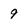
Character: 9